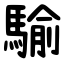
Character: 騟